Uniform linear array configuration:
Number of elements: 24
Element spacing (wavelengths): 0.75
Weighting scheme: hann
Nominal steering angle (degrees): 0
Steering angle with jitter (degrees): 0.02634
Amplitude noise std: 0.05
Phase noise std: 0.05

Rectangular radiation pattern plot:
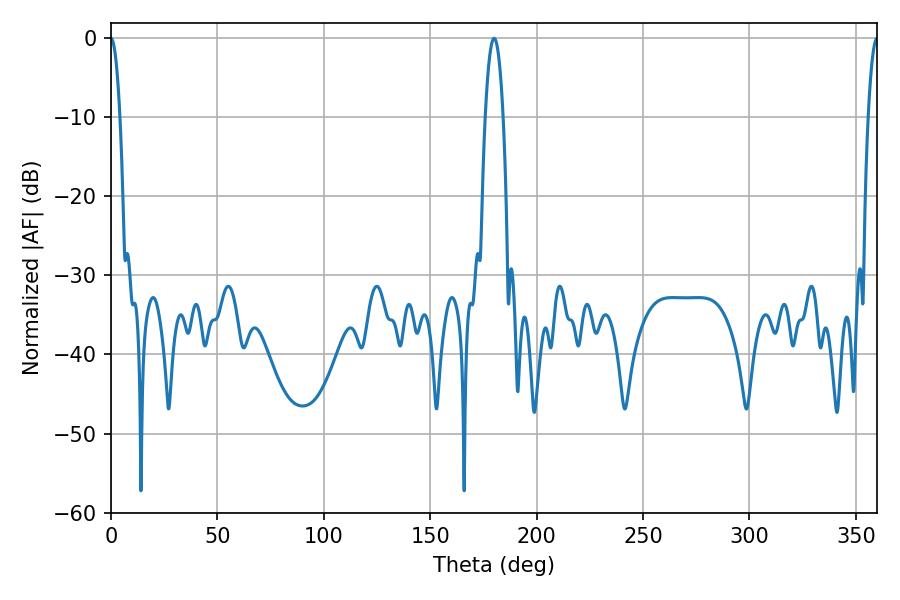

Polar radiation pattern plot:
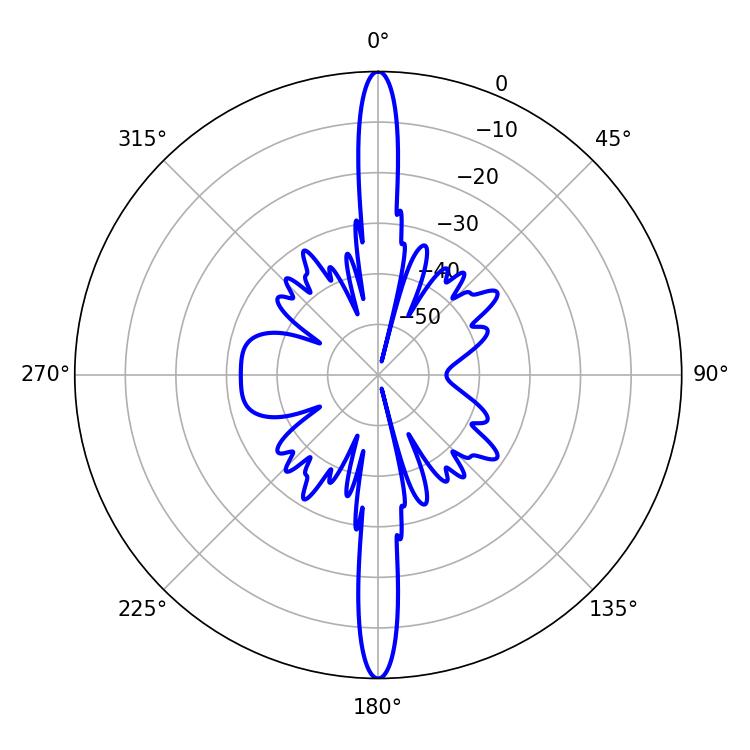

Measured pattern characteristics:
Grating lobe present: TRUE
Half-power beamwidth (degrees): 2.34
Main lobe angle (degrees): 360